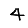
Digit: 4